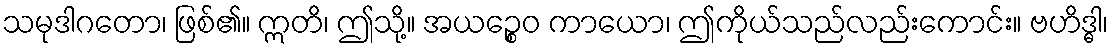
သမုဒါဂတော၊ ဖြစ်၏။ ဣတိ၊ ဤသို့။ အယဉ္စေဝ ကာယော၊ ဤကိုယ်သည်လည်းကောင်း။ ဗဟိဒ္ဓါ၊